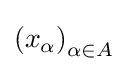
{\textstyle \left(x_{\alpha }\right)_{\alpha \in A}}